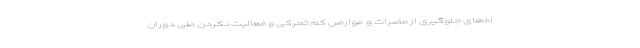
اه‌های جلوگیری از مضرات و عوارض کم تحرکی و فعالیت نکردن طی دوران